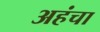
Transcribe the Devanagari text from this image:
अहंचा